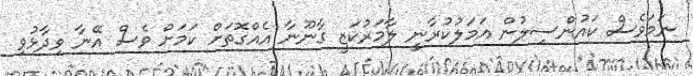
ނަމަވެސް ކައުންސިލުން އަމަލުކުރާނީ ލާމަރުކަޒީ ގާނޫނާ އެއްގޮތަށް ކަމަށް ވެސް އޭނާ ވިދާޅުވި